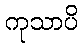
ကုသာပိ